Vaccination North-Western Provinces and Oudh 1878-1895 - 1878-1895
Year: 1878
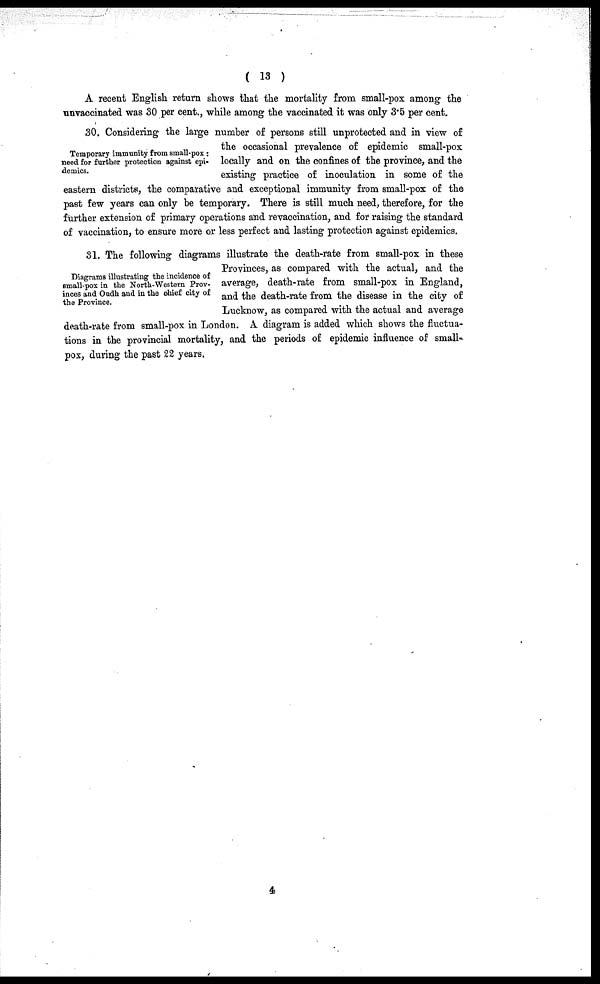
( 13 )
A recent English return shows that the mortality from small-pox among the
unvaccinated was 30 per cent., while among the vaccinated it was only 3.5 per cent.
Temporary immunity from small-pox :
need for further protection against epi-
demics.
30. Considering the large number of persons still unprotected and in view of
the occasional prevalence of epidemic small-pox
locally and on the confines of the province, and the
existing practice of inoculation in some of the
eastern districts, the comparative and exceptional immunity from small-pox of the
past few years can only be temporary. There is still much need, therefore, for the
further extension of primary operations and revaccination, and for raising the standard
of vaccination, to ensure more or less perfect and lasting protection against epidemics.
Diagrams illustrating the incidence of
small-pox in the North-Western Prov-
inces and Oudh and in the chief city of
the Province.
31. The following diagrams illustrate the death-rate from small-pox in these
Provinces, as compared with the actual, and the
average, death-rate from small-pox in England,
and the death-rate from the disease in the city of
Lucknow, as compared with the actual and average
death-rate from small-pox in London. A diagram is added which shows the fluctua-
tions in the provincial mortality, and the periods of epidemic influence of small-
pox, during the past 22 years.
4